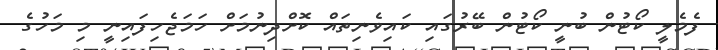
ފެމެލީ ކޯޓުން ބުނީ ކޯޓުން ބޭރުގައި ކައިވެނިތައް ކޮށްދިނުމަށް ހަމަޖެހިފައިނީ މި މަހުގެ